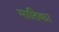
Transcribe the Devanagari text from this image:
मातिका